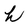
Character: h